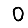
Digit: 0